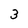
Character: 3